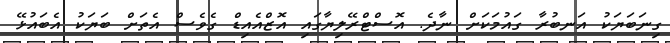
ގިނަބަޔަކު އަނބުރާ ގައުމަކަށް ނާދެ. އޮސްޓްރޭލިޔާގައި އޮޒްއެއިޑް ގެވެސް އެތަށް ބަޔަކު އެބައުޅޭ